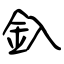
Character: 釞